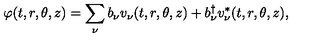
\varphi ( t , r , \theta , z ) = \sum _ { \nu } b _ { \nu } v _ { \nu } ( t , r , \theta , z ) + b _ { \nu } ^ { \dag } v _ { \nu } ^ { * } ( t , r , \theta , z ) ,